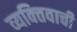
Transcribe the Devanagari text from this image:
व्यक्‍तिवाची